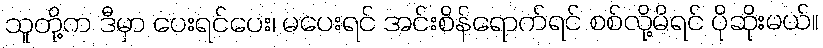
သူတို့က ဒီမှာ ပေးရင်ပေး၊ မပေးရင် အင်းစိန်ရောက်ရင် စစ်လို့မိရင် ပိုဆိုးမယ်။